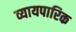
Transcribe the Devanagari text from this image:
व्यायपारिक